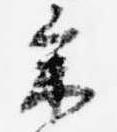
参